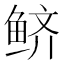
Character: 鲚